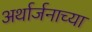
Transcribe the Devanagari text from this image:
अर्थार्जनाच्या